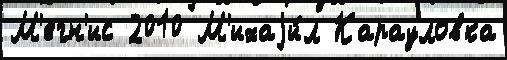
М'егн'ис 2010 М'ихаjи́л Карауловка